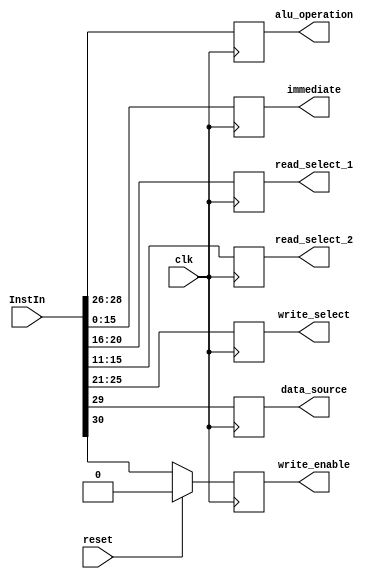
`timescale 1ns / 1ps
//////////////////////////////////////////////////////////////////////////////////
// Company: 
// Engineer: 
// 
// Design Name: 
// Module Name: S1_pipe
// Project Name: 
// Target Devices: 
// Tool Versions: 
// Description: 
// 
// Dependencies: 
// 
// Revision:
// Revision 0.01 - File Created
// Additional Comments:
// 
//////////////////////////////////////////////////////////////////////////////////

module S1_pipe(read_select_1, read_select_2, immediate, data_source, alu_operation, write_select, write_enable, InstIn, clk, reset);

//parameter data_width = 32;
//parameter select_width = 5;

output reg [4: 0] read_select_1, read_select_2, write_select;
output reg data_source;
output reg write_enable;
output reg [2:0] alu_operation;
output reg [15:0] immediate;

input [31:0] InstIn;
input clk;
input reset;

always @ (posedge clk)
begin
    if (reset)
    begin
        write_enable <= 1'b0;
        data_source <= 1'b0;
        alu_operation <= 3'b0;
        write_select <= 5'b0;
        read_select_1 <= 5'b0;
        read_select_2 <= 5'b0;
        immediate <= 16'b0;
    end
    else
        write_enable <= InstIn[30];
        data_source <= InstIn[29];
        alu_operation <= InstIn[28:26];
        write_select <= InstIn[25:21];
        read_select_1 <= InstIn[20:16];
        read_select_2 <= InstIn[15:11];
        immediate <= InstIn[15:0];
end

endmodule